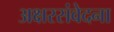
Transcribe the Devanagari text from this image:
अक्षरसंवेदना